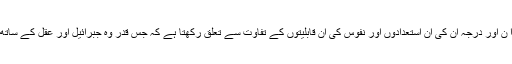
علوم و معارف کے کسب کا میزا ن اور درجہ ان کی ان استعدادوں اور نفوس کی ان قابلیتوں کے تفاوت سے تعلق رکھتا ہے کہ جس قدر وہ جبرائیل اور عقل کے ساتھ انکے ارتباط کو فراہم کرتی ہیں۔